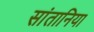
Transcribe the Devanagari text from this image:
सांतानिया